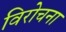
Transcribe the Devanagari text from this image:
विरोचना